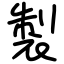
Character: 製